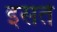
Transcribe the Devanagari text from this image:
इसतें